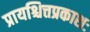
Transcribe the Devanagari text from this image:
प्रायश्चित्तप्रकाशः